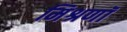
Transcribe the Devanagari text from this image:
मिश्रणॉं